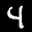
Label: 4